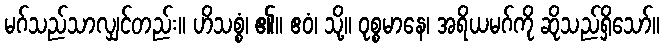
မဂ်သည်သာလျှင်တည်း။ ဟိသစ္စံ၊ ၏။ ဧဝံ၊ သို့။ ဝုစ္စမာနေ၊ အရိယမဂ်ကို ဆိုသည်ရှိသော်။